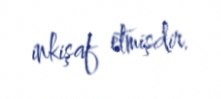
inkişaf etmişdir.